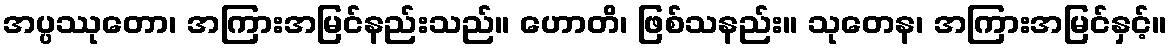
အပ္ပဿုတော၊ အကြားအမြင်နည်းသည်။ ဟောတိ၊ ဖြစ်သနည်း။ သုတေန၊ အကြားအမြင်နှင့်။